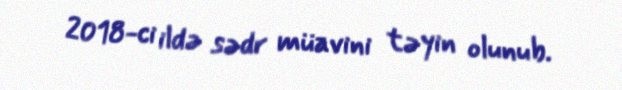
2018-ci ildə sədr müavini təyin olunub.